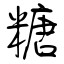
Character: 糖